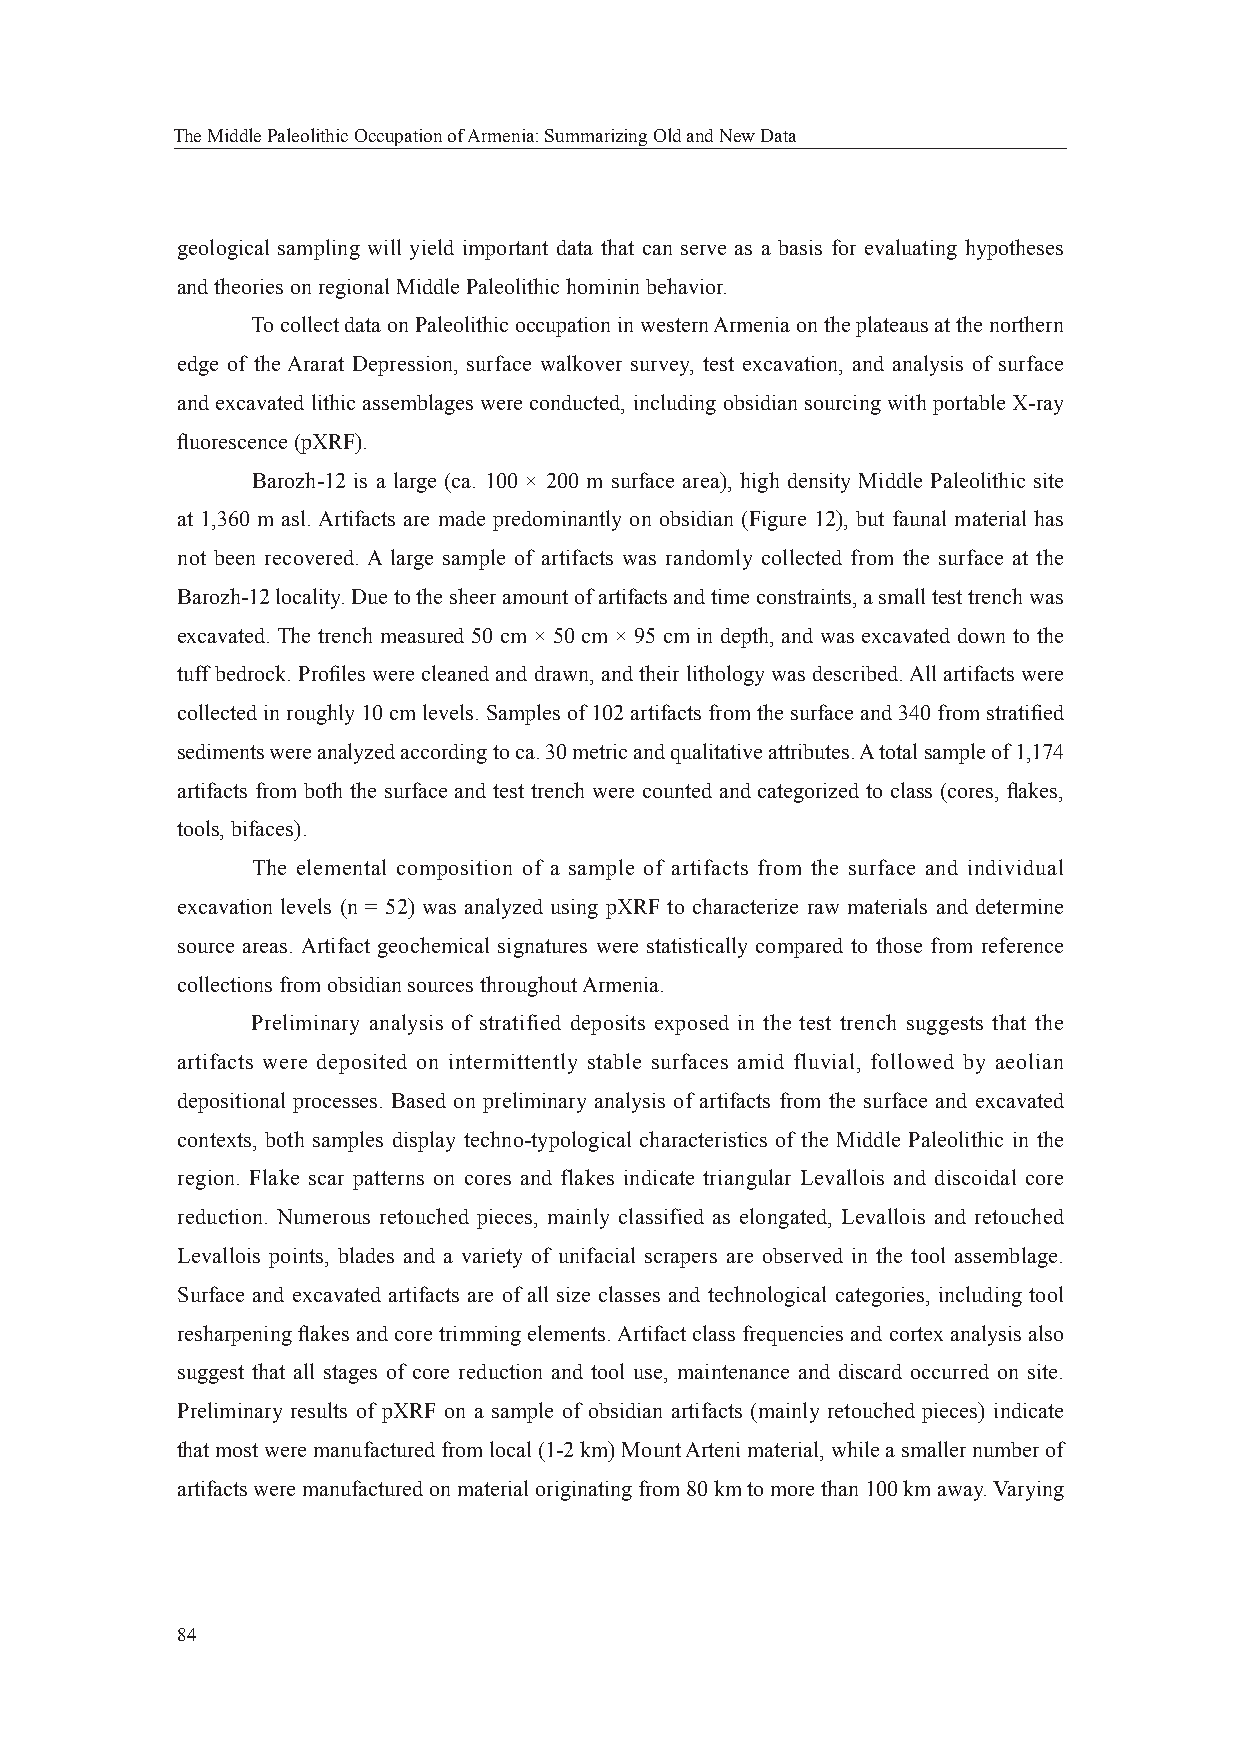
The Middle Paleolithic Occupation of Armenia: Summarizing Old and New Data
 geological sampling will yield important data that can serve as a basis for evaluating hypotheses
 and theories on regional Middle Paleolithic hominin behavior.
 To collect data on Paleolithic occupation in western Armenia on the plateaus at the northern
 edge of the Ararat Depression, surface walkover survey, test excavation, and analysis of surface
 and excavated lithic assemblages were conducted, including obsidian sourcing with portable X-ray
 fl uorescence (pXRF).
 Barozh-12 is a large (ca. 100 × 200 m surface area), high density Middle Paleolithic site
 at 1,360 m asl. Artifacts are made predominantly on obsidian (Figure 12), but faunal material has
 not been recovered. A large sample of artifacts was randomly collected from the surface at the
 Barozh-12 locality. Due to the sheer amount of artifacts and time constraints, a small test trench was
 excavated. The trench measured 50 cm × 50 cm × 95 cm in depth, and was excavated down to the
 tuff bedrock. Profi les were cleaned and drawn, and their lithology was described. All artifacts were
 collected in roughly 10 cm levels. Samples of 102 artifacts from the surface and 340 from stratifi ed
 sediments were analyzed according to ca. 30 metric and qualitative attributes. A total sample of 1,174
 artifacts from both the surface and test trench were counted and categorized to class (cores, fl akes,
 tools, bifaces).
 The elemental composition of a sample of artifacts from the surface and individual
 excavation levels (n = 52) was analyzed using pXRF to characterize raw materials and determine
 source areas. Artifact geochemical signatures were statistically compared to those from reference
 collections from obsidian sources throughout Armenia.
 Preliminary analysis of stratified deposits exposed in the test trench suggests that the
 artifacts were deposited on intermittently stable surfaces amid fluvial, followed by aeolian
 depositional processes. Based on preliminary analysis of artifacts from the surface and excavated
 contexts, both samples display techno-typological characteristics of the Middle Paleolithic in the
 region. Flake scar patterns on cores and flakes indicate triangular Levallois and discoidal core
 reduction. Numerous retouched pieces, mainly classified as elongated, Levallois and retouched
 Levallois points, blades and a variety of unifacial scrapers are observed in the tool assemblage.
 Surface and excavated artifacts are of all size classes and technological categories, including tool
 resharpening fl akes and core trimming elements. Artifact class frequencies and cortex analysis also
 suggest that all stages of core reduction and tool use, maintenance and discard occurred on site.
 Preliminary results of pXRF on a sample of obsidian artifacts (mainly retouched pieces) indicate
 that most were manufactured from local (1-2 km) Mount Arteni material, while a smaller number of
 artifacts were manufactured on material originating from 80 km to more than 100 km away. Varying
 84